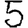
Digit: 5